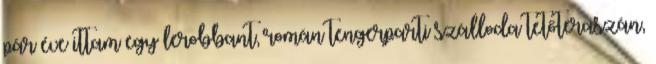
pár éve ittam egy lerobbant, román tengerparti szálloda tetőteraszán,